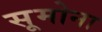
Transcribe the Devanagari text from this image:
सूमोना